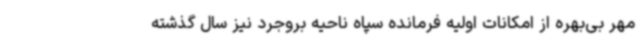
مهر بی‌بهره از امکانات اولیه فرمانده سپاه ناحیه بروجرد نیز سال گذشته